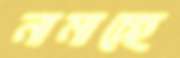
নামাচ্ছে